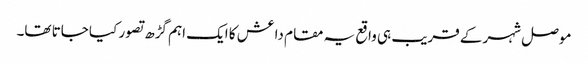
موصل شہر کے قریب ہی واقع یہ مقام داعش کا ایک اہم گڑھ تصور کیا جاتا تھا۔